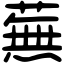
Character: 蕪